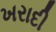
ખરાદી